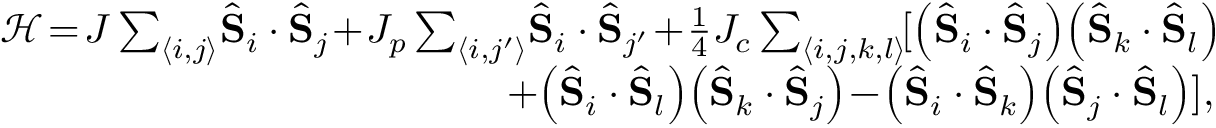
\begin{array} { r } { \mathcal { H } \! = \! J \sum _ { \langle i , j \rangle } \! \hat { \mathbf { S } } _ { i } \cdot \hat { \mathbf { S } } _ { j } \! + \! J _ { p } \sum _ { \langle i , j ^ { \prime } \rangle } \! \hat { \mathbf { S } } _ { i } \cdot \hat { \mathbf { S } } _ { j ^ { \prime } } \! + \! \frac { 1 } { 4 } J _ { c } \sum _ { \langle i , j , k , l \rangle } \! [ \left( \hat { \mathbf { S } } _ { i } \cdot \hat { \mathbf { S } } _ { j } \right) \! \left( \hat { \mathbf { S } } _ { k } \cdot \hat { \mathbf { S } } _ { l } \right) \! } \\ { + \! \left( \hat { \mathbf { S } } _ { i } \cdot \hat { \mathbf { S } } _ { l } \right) \! \left( \hat { \mathbf { S } } _ { k } \cdot \hat { \mathbf { S } } _ { j } \right) \! - \! \left( \hat { \mathbf { S } } _ { i } \cdot \hat { \mathbf { S } } _ { k } \right) \! \left( \hat { \mathbf { S } } _ { j } \cdot \hat { \mathbf { S } } _ { l } \right) ] , } \end{array}